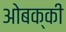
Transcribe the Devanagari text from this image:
ओबक्की